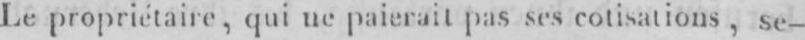
Le propriétaire, qui ne paierait pas ses cotisations, se-